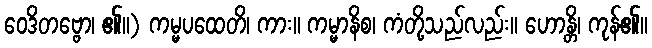
ဝေဒိတဗ္ဗော၊ ၏။) ကမ္မပထေတိ၊ ကား။ ကမ္မာနိစ၊ ကံတို့သည်လည်း။ ဟောန္တိ၊ ကုန်၏။